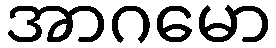
အာဂမော